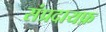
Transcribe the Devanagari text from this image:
संप्रदायफ़